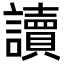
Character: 讀